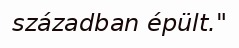
században épült."